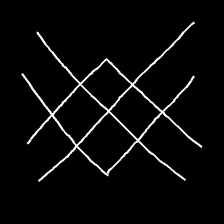
Glyph: crystal